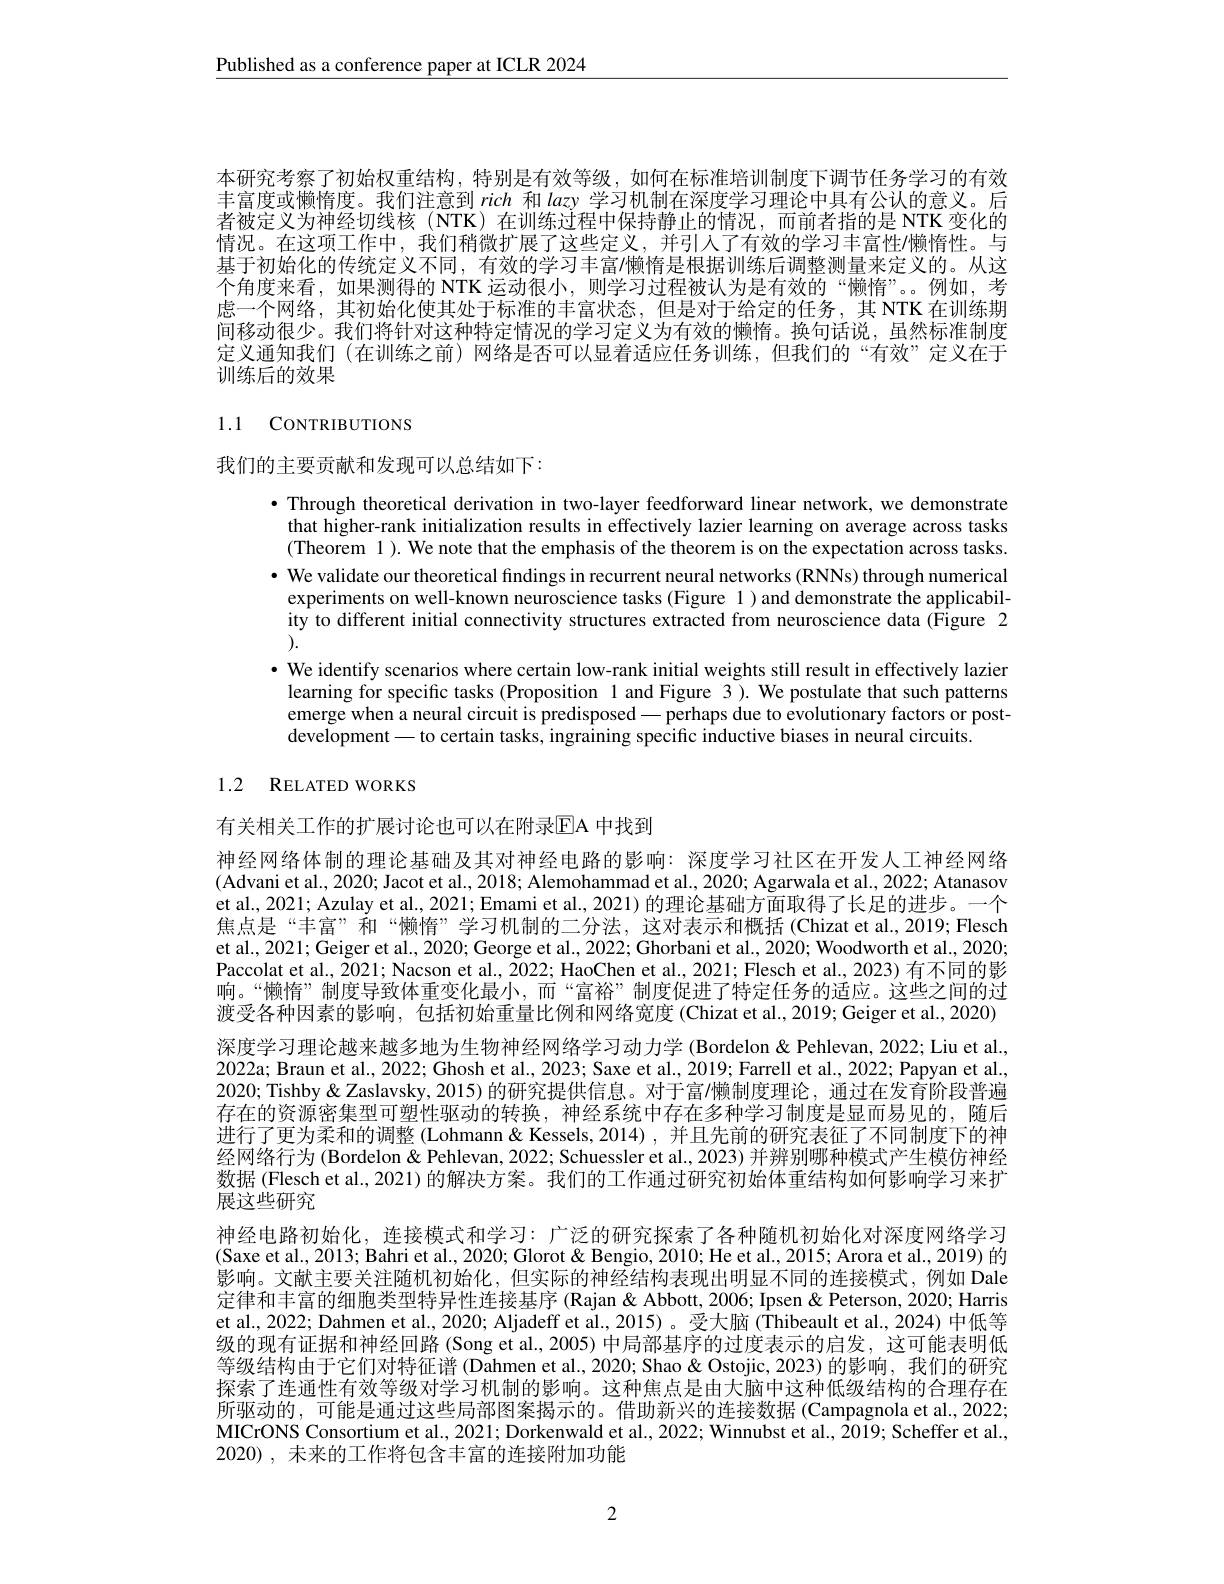
$\underline{\text{Published as a conference paper at ICLR 2024}}$

本研究考察了初始权重结构，特别是有效等级，如何在标准培训制度下调节任务学习的有效丰富度或懒惰度。我们注意到rich和 lazy 学习机制在深度学习理论中具有公认的意义。后者被定义为神经切线核(NTK)在训练过程中保持静止的情况，而前者指的是 NTK 变化的情况。在这项工作中，我们稍微扩展了这些定义，并引人了有效的学习丰富性$\prime$懒惰性。与基于初始化的传统定义不同，有效的学习丰富/懒惰是根据训练后调整测量来定义的。从这个角度来看，如果测得的 NTK 运动很小，则学习过程被认为是有效的“懒惰”。例如，考虑一个网络，其初始化使其处于标准的丰富状态，但是对于给定的任务，其 NTK 在训练期间移动很少。我们将针对这种特定情况的学习定义为有效的懒惰。换句话说，虽然标准制度定义通知我们(在训练之前)网络是否可以显着适应任务训练，但我们的“有效”定义在于训练后的效果

# 1.1 CONTRIBUTIONS

我们的主要贡献和发现可以总结如下：

·Through theoretical derivation in two-layer feedforward linear network, we demonstrate
that higher-rank initialization results in effectively lazier learning on average across tasks (Theorem 1). We note that the emphasis of the theorem is on the expectation across tasks. $\bullet$ We validate our theoretical findings in recurrent neural networks (RNNs) through numerical experiments on well-known neurroscience tasks (Figure 1)and demonstrate the applicability to different initial connectivity structures extracted from neuroscience data (Figure 2 ).
· We identify scenarios where certain low-rank initial weights still result in effectively lazier
learning for specific tasks (Proposition 1 and Figure 3). We postulate that such patterns emerge when a neural circuit is predisposed — perhaps due to evolutionary factors or postdevelopment-to certain tasks, ingraining specific inductive biases in neural circuits.

# 1.2 RELATED WORKS

有关相关工作的扩展讨论也可以在附录$\overline{\mathrm{EA}}$ 中找到
神经网络体制的理论基础及其对神经电路的影响：深度学习社区在开发人工神经网络(Advani et al., 2020; Jacot et al., 2018; Alemohammad et al., 2020; Agarwala et al., 2022; Atanasov et al., 2021; Azulay et al., 2021; Emami et al., 2021) 的理论基础方面取得了长足的进步。一个焦点是“丰富”和“懒惰”学习机制的二分法，这对表示和概括 (Chizat et al.,2019; Flesch et al., 2021; Geiger et al., 2020; George et al., 2022; Ghorbani et al., 2020; Woodworth et al., 2020; Paccolat et al. 2021; Nacson et al., 2022; HaoChen et al., 2021; Flesch et al., 2023) 有不同的影响。“懒惰”制度导致体重变化最小，而“富裕”制度促进了特定任务的适应。这些之间的过渡受各种因素的影响，包括初始重量比例和网络宽度 (Chizat et al., 2019; Geiger et al., 2020) 深度学习理论越来越多地为生物神经网络学习动力学 (Bordelon & Pehlevan, 2022; Liu et al., 2022a; Braun et al., 2022; Ghosh et al., 2023; Saxe et al., 2019; Farrell et al., 2022; Papyan et al. 2020; Tishby & Zaslavsky, 2015) 的研究提供信息。对于富$\prime$懒制度理论，通过在发育阶段普遍存在的资源密集型可塑性驱动的转换，神经系统中存在多种学习制度是显而易见的，随后进行了更为柔和的调整 (Lohmann& Kessels, 2014) , 并且先前的研究表征了不同制度下的神经网络行为 (Bordelon &Pehlevan, 2022; Schuessler et al., 2023) 并辨别哪种模式产生模仿神经数据 (Flesch et al., 2021) 的解决方案。我们的工作通过研究初始体重结构如何影响学习来扩展这些研究
神经电路初始化，连接模式和学习：广泛的研究探索了各种随机初始化对深度网络学习(Saxe et al., 2013; Bahri et al., 2020; Glorot & Bengio, 2010; He et al., 2015; Arora et al., 2019) 的影响。文献主要关注随机初始化，但实际的神经结构表现出明显不同的连接模式，例如 Dale 定律和丰富的细胞类型特异性连接基序 (Rajan & Abbott, 2006; Ipsen & Peterson, 2020; Harris et al., 2022; Dahmen et al., 2020; Aljadeff et al., 2015)。受大脑(Thibeault et al., 2024) 中低等级的现有证据和神经回路 (Song et al., 2005) 中局部基序的过度表示的启发，这可能表明低等级结构由于它们对特征谱 (Dahmen et al., 2020; Shao & Ostojic, 2023) 的影响，我们的研究探索了连通性有效等级对学习机制的影响。这种焦点是由大脑中这种低级结构的合理存在所驱动的，可能是通过这些局部图案揭示的。借助新兴的连接数据(Campagnola et al., 2022; MICrONS Consortium et al., 2021; Dorkenwald et al., 2022; Winnubst et al., 2019; Scheffer et al. 2020), 未来的工作将包含丰富的连接附加功能

2